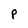
Character: P